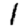
Digit: 1